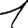
Digit: 1